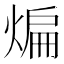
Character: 煸